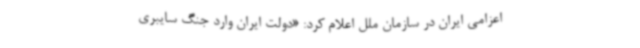
اعزامی ایران در سازمان ملل اعلام کرد: «دولت ایران وارد جنگ سایبری